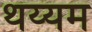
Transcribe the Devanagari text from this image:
थय्यम